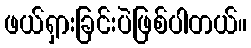
ဖယ်ရှားခြင်းပဲဖြစ်ပါတယ်။